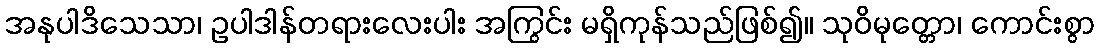
အနုပါဒိသေသာ၊ ဥပါဒါန်တရားလေးပါး အကြွင်း မရှိကုန်သည်ဖြစ်၍။ သုဝိမုတ္တော၊ ကောင်းစွာ